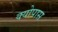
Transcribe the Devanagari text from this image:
क्योपास